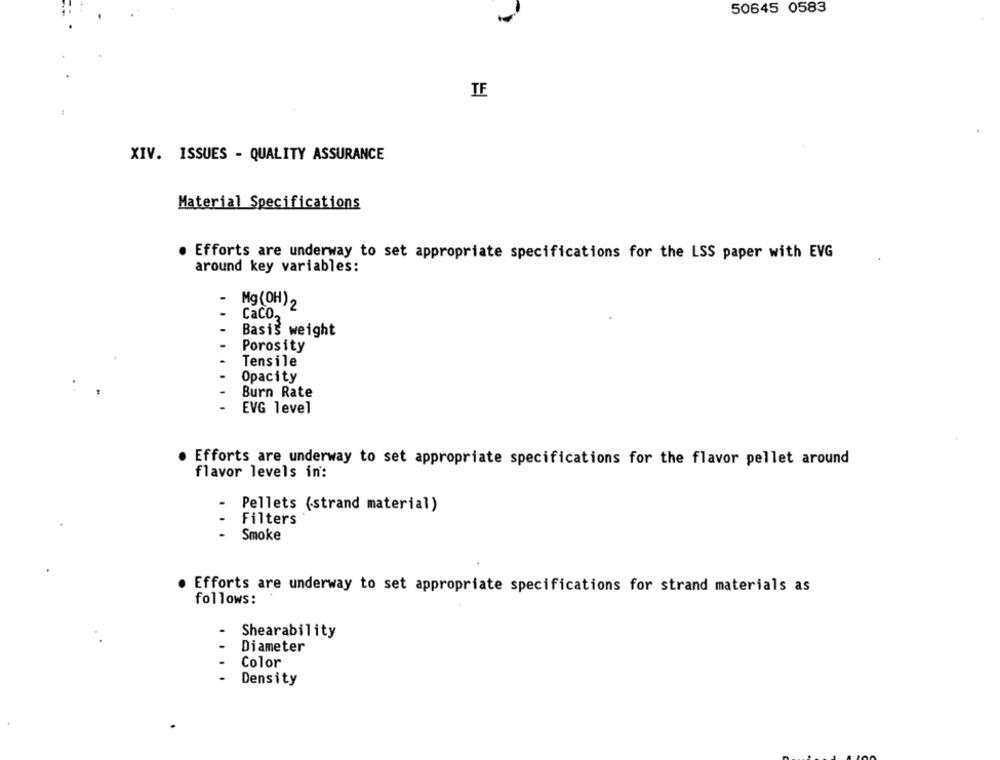
50645 0583
IF
XIV. ISSUES - QUALITY ASSURANCE
Material Specifications
Efforts are underway to set appropriate specifications for the LSS paper with EVG
around key variables:
Mg (OH) 2
Caco."
Basis weight
Porosity
Tensile
Opacity
Burn Rate
EVG level
Efforts are underway to set appropriate specifications for the flavor pellet around
flavor levels in:
Pellets (strand material)
Filters
...
Smoke
Efforts are underway to set appropriate specifications for strand materials as
follows:
Shearability
Diameter
Color
Density